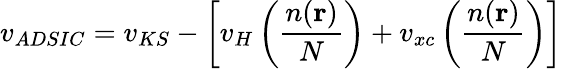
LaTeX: v_{ADSIC}=v_{KS}-\left[v_{H}\left(\frac{n(\textbf{r})}{N}\right)+v_{xc}\left(\frac{n(\textbf{r})}{N}\right)\right]